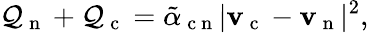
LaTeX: \mathcal{Q}_{\mathrm{{~n~}}}+\mathcal{Q}_{\mathrm{{~c~}}}=\tilde{{\alpha}}_{\mathrm{{~c~n~}}}|\mathbf{{v}}_{\mathrm{{~c~}}}-\mathbf{{v}}_{\mathrm{{~n~}}}|^{2},